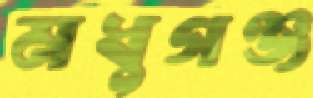
মধুগঞ্জ